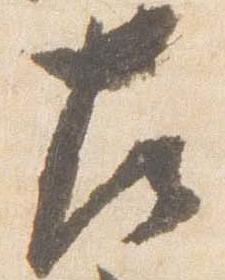
左